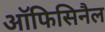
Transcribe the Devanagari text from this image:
ऑफिसिनैल